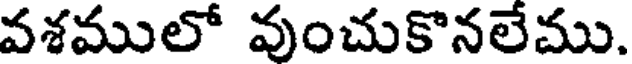
వశములో వుంచుకొనలేము.